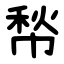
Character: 㡑